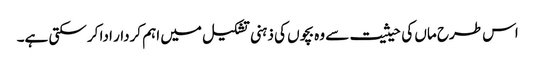
اس طرح ماں کی حیثیت سے وہ بچوں کی ذہنی تشکیل میں اہم کردار ادا کر سکتی ہے۔